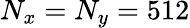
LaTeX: N_{x}=N_{y}=512